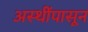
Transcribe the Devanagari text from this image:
अस्थींपासून